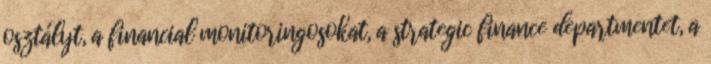
osztályt, a financial monitoringosokat, a strategic finance departmentet, a